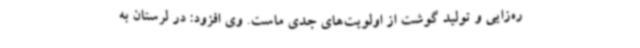
ره‌زایی و تولید گوشت از اولویت‌های جدی ماست. وی افزود: در لرستان به